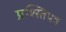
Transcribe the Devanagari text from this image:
प्रश्स्तिपत्र